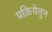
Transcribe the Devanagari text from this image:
प्रक्रियेतुन